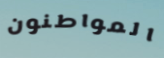
المواطنون